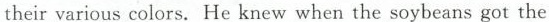
their various colors. He knew when the soybeans got the